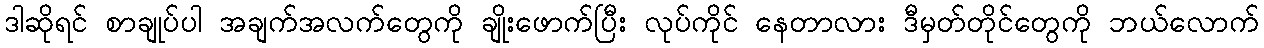
ဒါဆိုရင် စာချုပ်ပါ အချက်အလက်တွေကို ချိုးဖောက်ပြီး လုပ်ကိုင် နေတာလား ဒီမှတ်တိုင်တွေကို ဘယ်လောက်